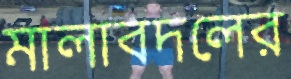
মালাবদলের